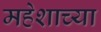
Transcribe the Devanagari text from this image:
महेशाच्या